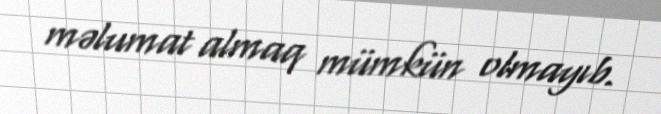
məlumat almaq mümkün olmayıb.